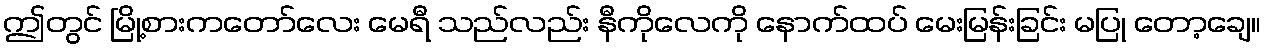
ဤတွင် မြို့စားကတော်လေး မေရီ သည်လည်း နီကိုလေကို နောက်ထပ် မေးမြန်းခြင်း မပြု တော့ချေ။